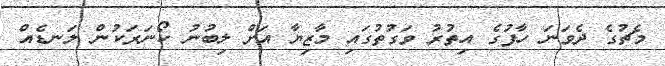
މެޗުގެ ދެވަނަ ހާފުގެ އިތުރު ވަގުތުގައި މާޒިޔާ އަށް ލިބުނު ކޯނަރަކުން ލަނޑެއް